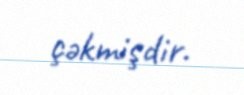
çəkmişdir.